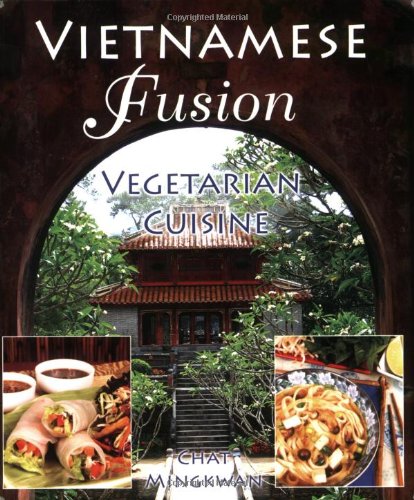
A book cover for Vietnamese Fusion: Vegetarian Cuisine; Chat Mingkwan; Cookbooks, Food & Wine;